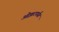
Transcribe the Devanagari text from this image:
ओझरपर्यंत